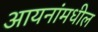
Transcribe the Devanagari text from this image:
आयनांमधील